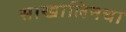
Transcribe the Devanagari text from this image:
साखालिनचा